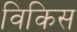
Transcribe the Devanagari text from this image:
विकिस